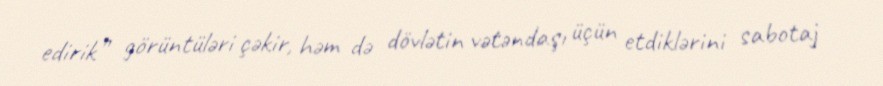
edirik” görüntüləri çəkir, həm də dövlətin vətəndaşı üçün etdiklərini sabotaj